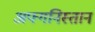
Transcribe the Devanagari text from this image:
अफ्गनिस्तान